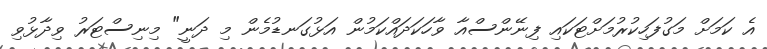
އެ ކަމަށް މަގުފަހިކުުރުމަށްޓަކައި ފިނޭންސްއާ ވާހަކަދައްކަމުން އަޅުގަނޑުމެން މި ދަނީ" މިނިސްޓަރު ވިދާޅުވި